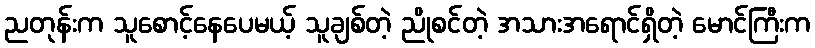
ညတုန်းက သူစောင့်နေပေမယ့် သူချစ်တဲ့ ညိုစင်တဲ့ အသားအရောင်ရှိတဲ့ မောင်ကြီးက